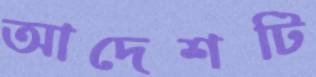
আদেশটি